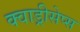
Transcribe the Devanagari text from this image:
क्वाड्रीसेप्स